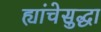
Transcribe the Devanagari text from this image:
ह्यांचेसुद्धा